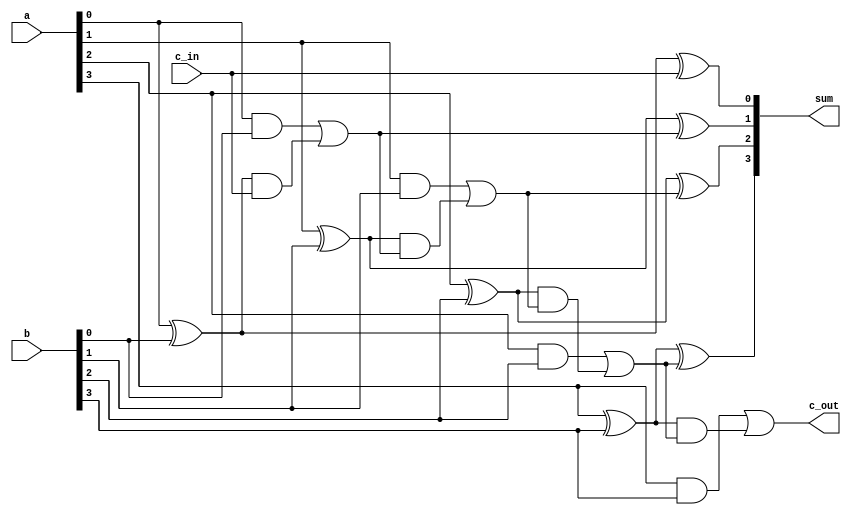
`timescale 1ns / 1ps
//Description: 4-bit carry lookahead adder
module carry_lookahead(sum,c_out,a,b,c_in);
input[3:0]a,b;
input c_in;
output [3:0]sum;
output c_out;
//internal wires for carry propagate and carry generate
wire g3,g2,g1,g0,p3,p2,p1,p0;
wire c3,c2,c1,c0;
//compute caryy propagate
assign p0=a[0]^b[0], 
        p1=a[1]^b[1],
        p2=a[2]^b[2],
        p3=a[3]^b[3];
//compute carry generation
assign g0=a[0]&b[0],
        g1=a[1]&b[1],
        g2=a[2]&b[2],
        g3=a[3]&b[3];
//compute the carry lookahead
assign c0=g0|p0&c_in,
        c1=g1|p1&(g0|p0&c_in),
        c2=g2|p2&(g1|p1&(g0|p0&c_in)),
        c3=g3|p3&(g2|p2&(g1|p1&(g0|p0&c_in)));
//compute sum
assign sum[0]=p0^c_in,
        sum[1]=p1^c0,
        sum[2]=p2^c1,
        sum[3]=p3^c2;
assign c_out=c3;
endmodule